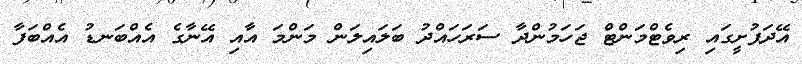
އޭދަފުށީގައި ރިވެޓްމަންޓް ޖަހަމުންދާ ސަރަހައްދު ބަލައިލަން މަންމަ އާއި އޭނާގެ އެއްބަނޑު އެއްބަފާ